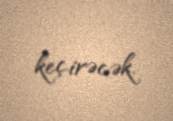
keçirəcək.